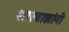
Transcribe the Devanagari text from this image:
शास्त्राज्ञांनी